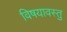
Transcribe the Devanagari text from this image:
विषयावस्तु